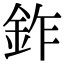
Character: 鈼